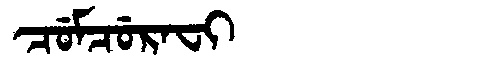
Manchu: ᠴᡠᠮᠴᡠᡵᠠᠸᡳ
Romanization: CUMCURAFI